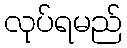
လုပ်ရမည်